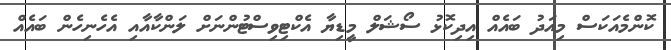
ކޮންމެއަކަސް މިއަދު ބައެއް އިދިކޮޅު ސޯޝަލް މީޑިޔާ އެކްޓިވިސްޓުންނަށް ލަންކާއާއި އެހެނިހެން ބައެއް